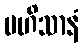
မဟိသာနံ